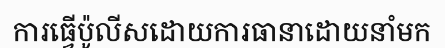
ការធ្វើប៉ូលីសដោយការធានាដោយនាំមក